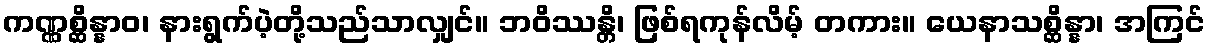
ကဏ္ဏစ္ဆိန္နာဝ၊ နားရွက်ပဲ့တို့သည်သာလျှင်။ ဘဝိဿန္တိ၊ ဖြစ်ရကုန်လိမ့် တကား။ ယေနာသစ္ဆိန္နာ၊ အကြင်